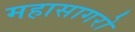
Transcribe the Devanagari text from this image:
महासागरो